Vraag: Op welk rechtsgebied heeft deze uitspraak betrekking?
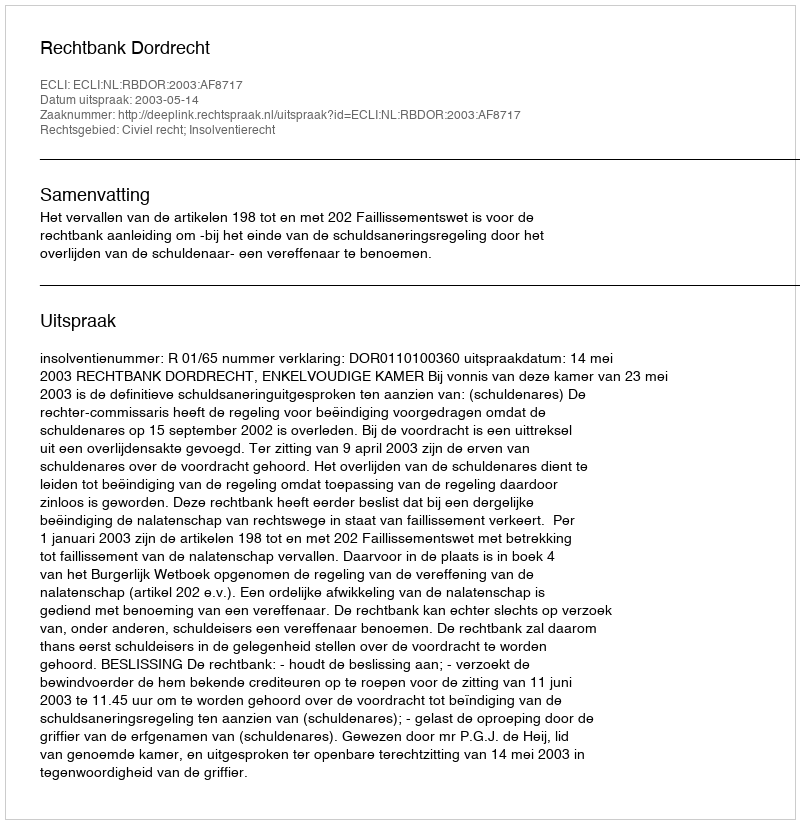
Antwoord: Civiel recht; Insolventierecht